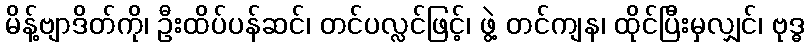
မိန့်ဗျာဒိတ်ကို၊ ဦးထိပ်ပန်ဆင်၊ တင်ပလ္လင်ဖြင့်၊ ဖွဲ့ တင်ကျန၊ ထိုင်ပြီးမှလျှင်၊ ဗုဒ္ဓ